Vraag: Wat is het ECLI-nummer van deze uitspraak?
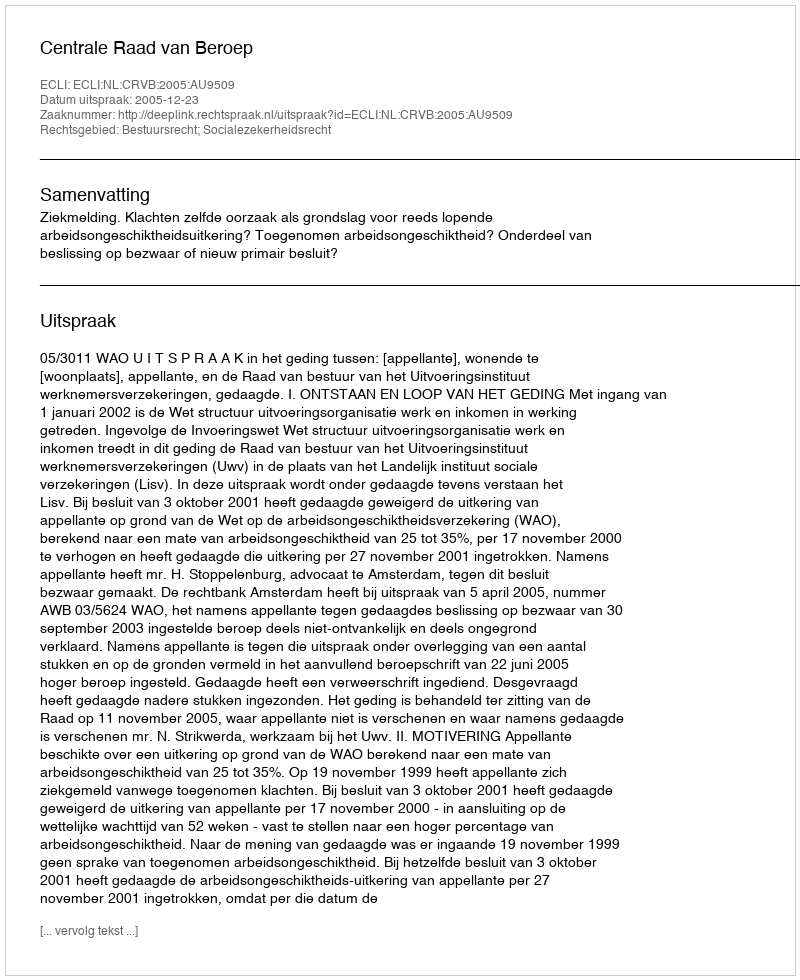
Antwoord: ECLI:NL:CRVB:2005:AU9509